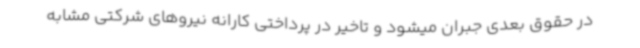
در حقوق بعدی جبران میشود و تاخیر در پرداختی کارانه نیروهای شرکتی مشابه